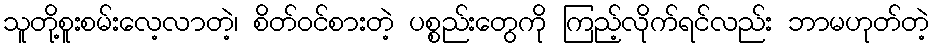
သူတို့စူးစမ်းလေ့လာတဲ့၊ စိတ်ဝင်စားတဲ့ ပစ္စည်းတွေကို ကြည့်လိုက်ရင်လည်း ဘာမဟုတ်တဲ့